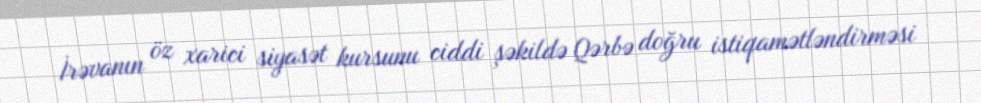
İrəvanın öz xarici siyasət kursunu ciddi şəkildə Qərbə doğru istiqamətləndirməsi